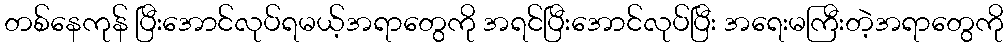
တစ်နေကုန် ပြီးအောင်လုပ်ရမယ့်အရာတွေကို အရင်ပြီးအောင်လုပ်ပြီး အရေးမကြီးတဲ့အရာတွေကို